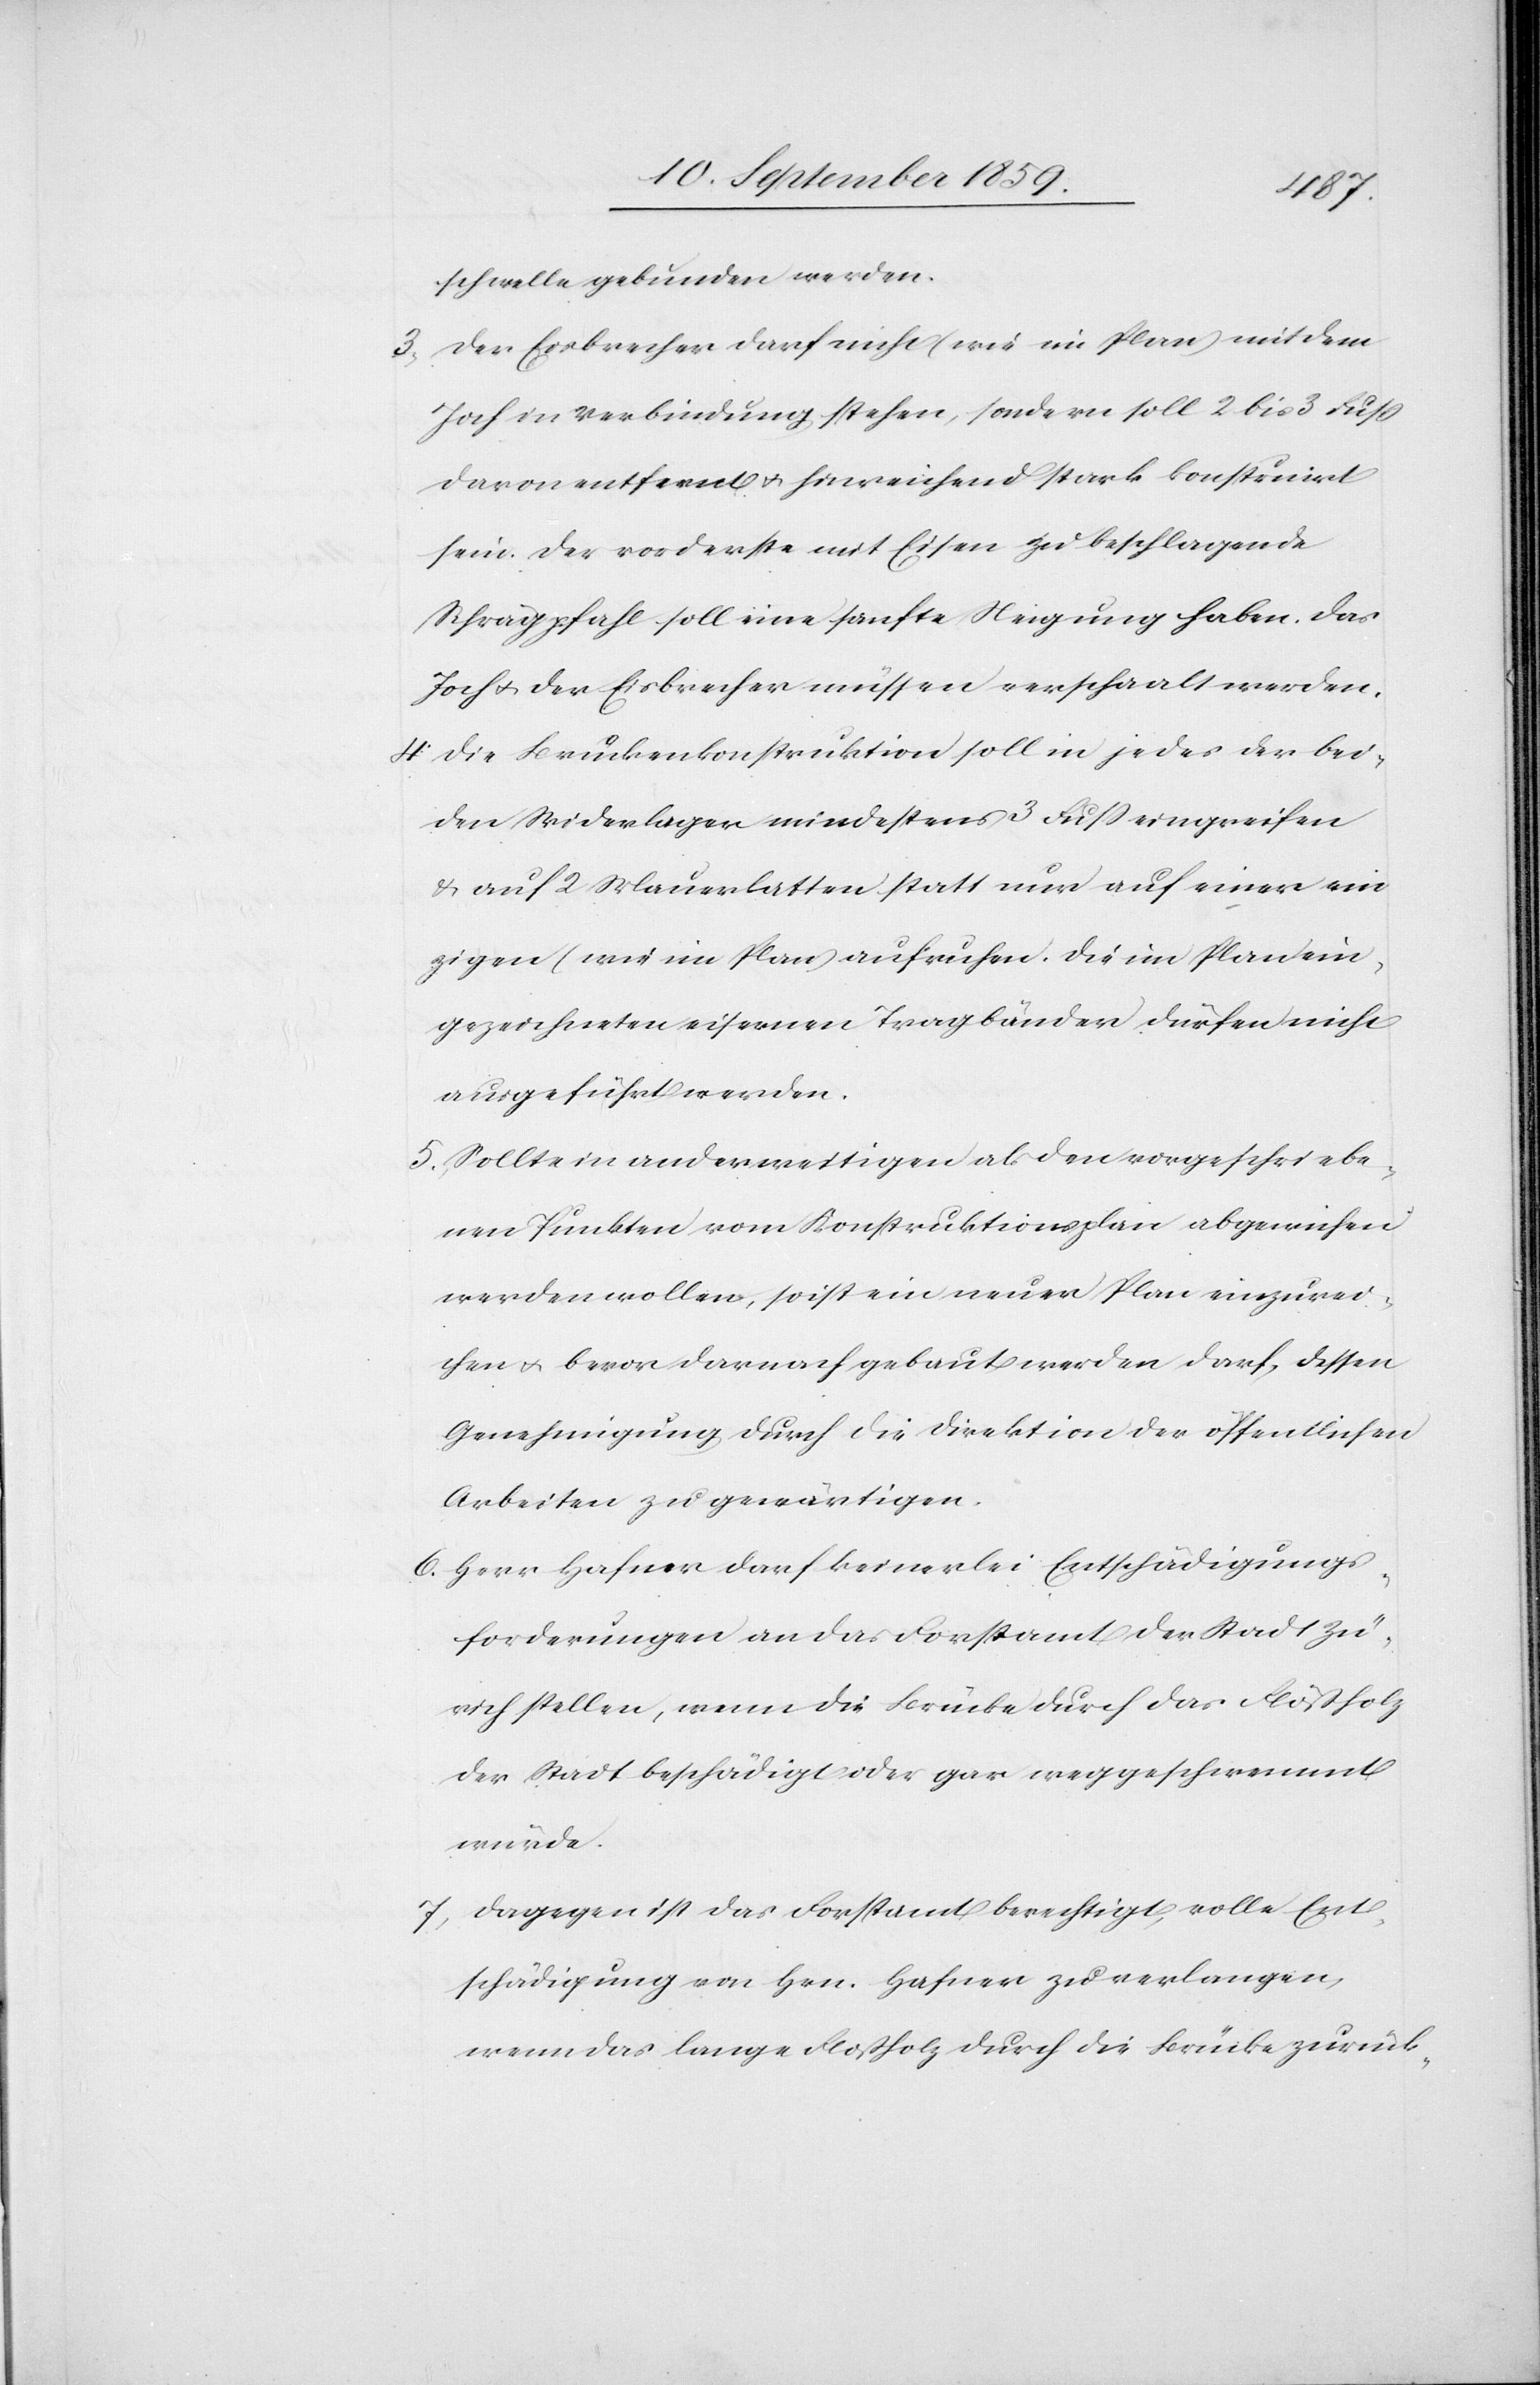
schwelle gebunden werden.
3. Der Eisbrecher darf nicht (wie im Plan) mit dem
Joch in Verbindung stehen, sondern soll 2 bis 3 Fuß
davon entfernt & hinreichend stark konstruirt
sein. Der vorderste mit Eisen zu beschlagende
Schrägpfahl soll eine sanfte Neigung haben. Das
Joch & der Eisbrecher müssen verschaalt werden.
4. Die Brückenkonstruktion soll in jedes der bei¬
den Widerlager mindestens 3 Fuß eingreifen
& auf 2 Mauerlatten statt nur auf einer ein¬
zigen (wie im Plan) aufruhen. Die im Plan ein¬
gezeichneten eisernen Tragbänder dürfen nicht
ausgeführt werden.
5. Sollte in anderweitigen als den vorgeschriebe¬
nen Punkten vom Konstruktionsplan abgewichen
werden wollen, so ist ein neuer Plan einzurei¬
chen & bevor darnach gebaut werden darf, dessen
Genehmigung durch die Direktion der öffentlichen
Arbeiten zu gewärtigen.
6. Herr Hafner darf keinerlei Entschädigungs¬
forderungen an das Forstamt der Stadt Zü¬
rich stellen, wenn die Brücke durch das Flößholz
der Stadt beschädigt oder gar weggeschwemmt
würde.
7. Dagegen ist das Forstamt berechtigt, volle Ent¬
schädigung von Hrn. Hafner zu verlangen,
wenn das lange Floßholz durch die Brücke zurück-